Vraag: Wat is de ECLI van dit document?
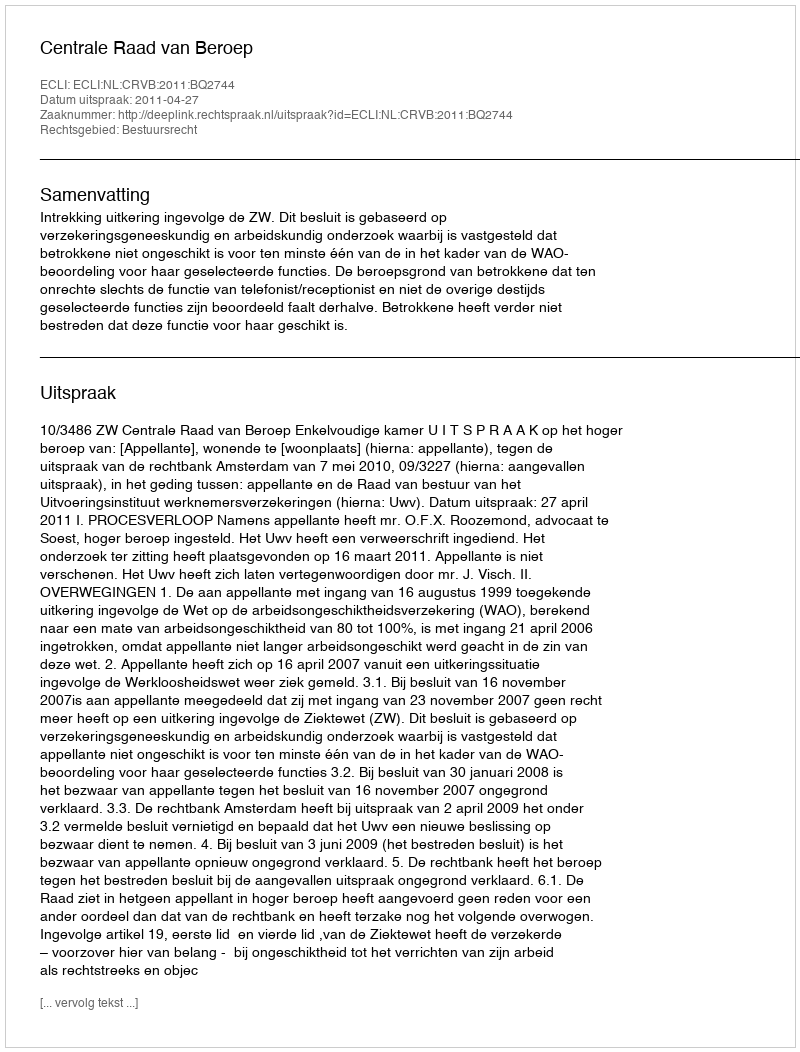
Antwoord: ECLI:NL:CRVB:2011:BQ2744